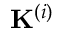
\mathbf { K } ^ { \left( i \right) }